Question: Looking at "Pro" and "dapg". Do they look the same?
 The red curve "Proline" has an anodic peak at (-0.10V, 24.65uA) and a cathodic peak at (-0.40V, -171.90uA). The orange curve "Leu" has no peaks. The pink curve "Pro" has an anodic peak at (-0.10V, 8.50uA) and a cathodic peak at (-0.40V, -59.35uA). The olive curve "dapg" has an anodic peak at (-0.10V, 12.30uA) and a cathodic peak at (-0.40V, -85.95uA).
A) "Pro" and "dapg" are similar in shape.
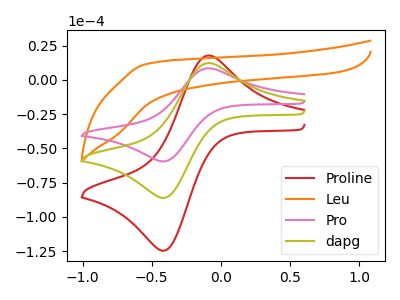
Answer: <think>All the peaks in "Pro" have a peak in "dapg" at the same potential. Every peak in "Pro" is lower than every peak in "dapg".
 </think>
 <answer>A) "Pro" and "dapg" are similar in shape.</answer>
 <eval>A</eval>